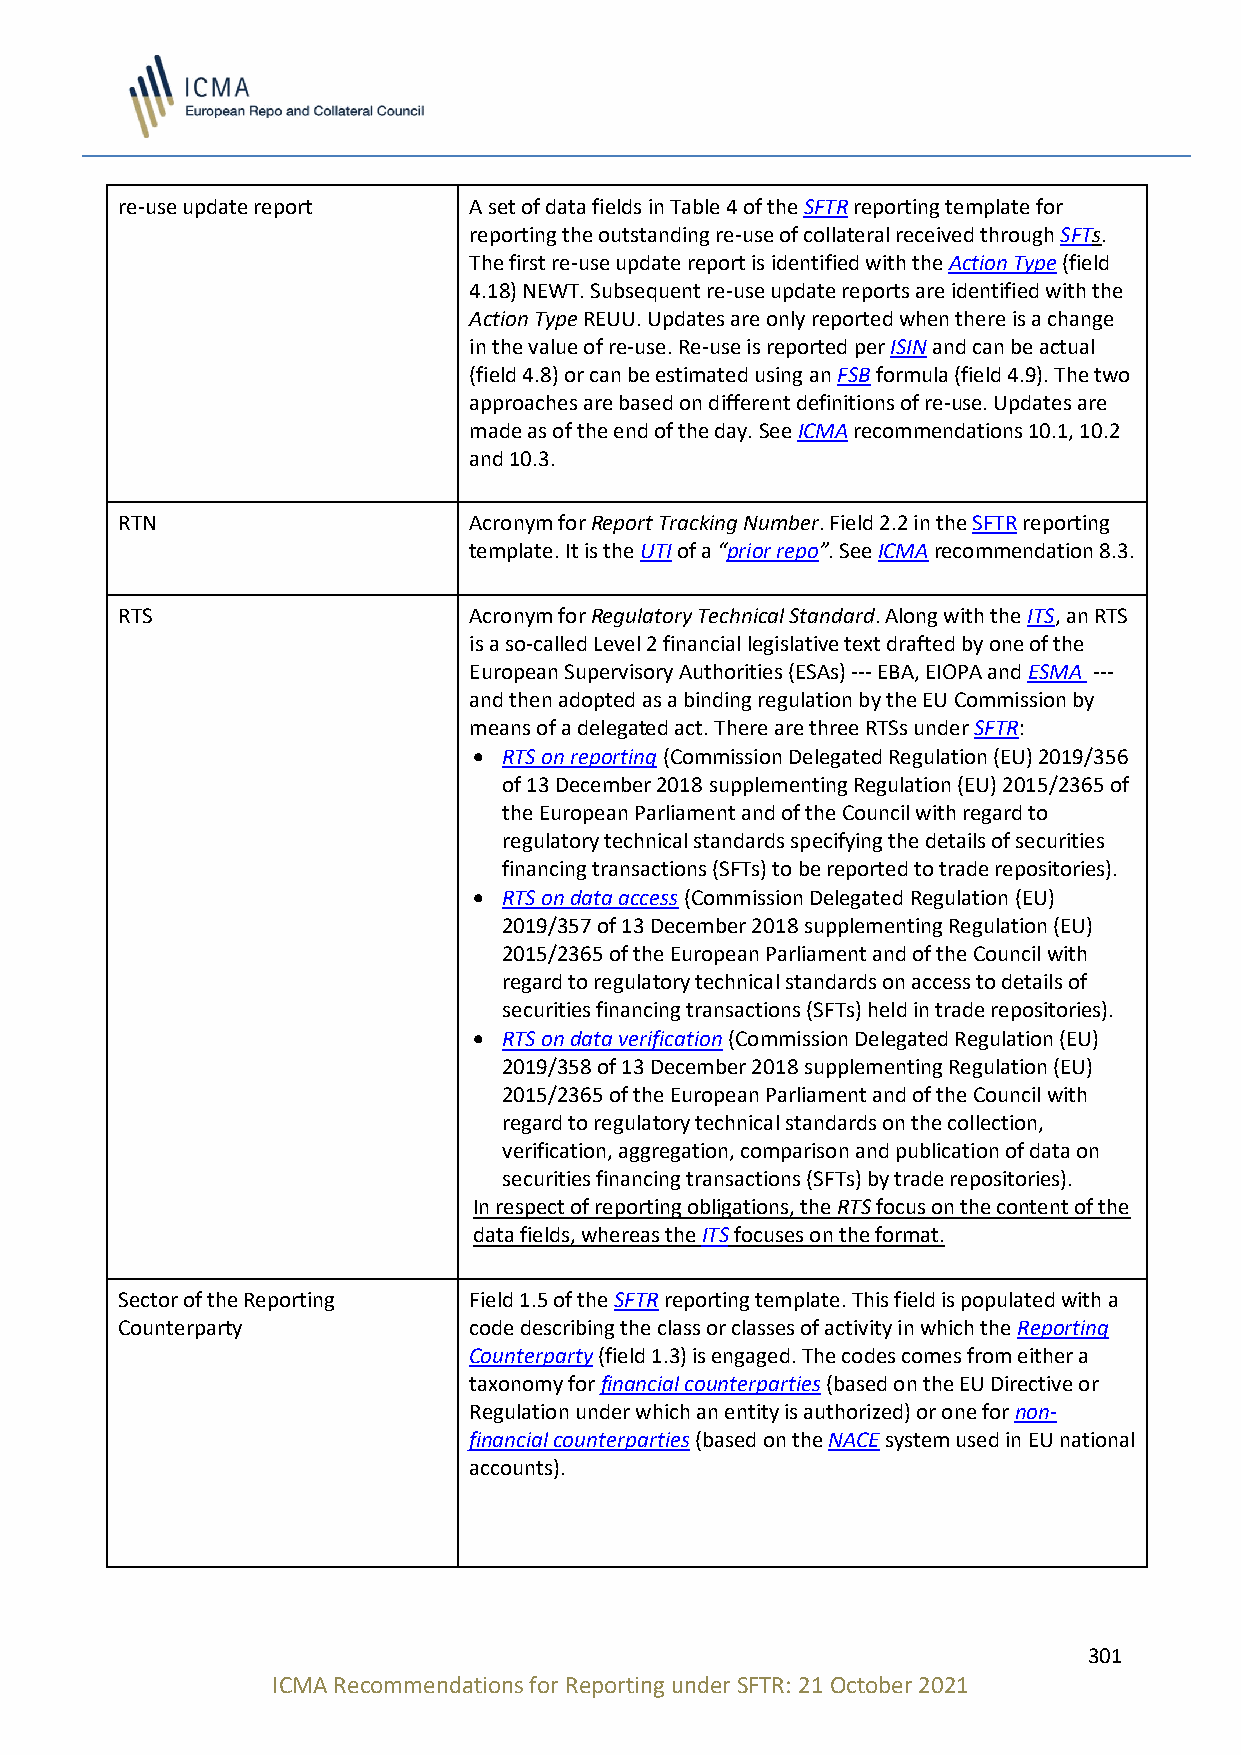
re-use update report   A set of data fields in Table 4 of the SFTR reporting template for
 reporting the outstanding re-use of collateral received through SFTs.
 The first re-use update report is identified with the Action Type (field
 4.18) NEWT. Subsequent re-use update reports are identified with the
 Action Type REUU. Updates are only reported when there is a change
 in the value of re-use. Re-use is reported per ISIN and can be actual
 (field 4.8) or can be estimated using an FSB formula (field 4.9). The two
 approaches are based on different definitions of re-use. Updates are
 made as of the end of the day. See ICMA recommendations 10.1, 10.2
 and 10.3.
 RTN                    Acronym for Report Tracking Number. Field 2.2 in the SFTR reporting
 template. It is the UTI of a “prior repo”. See ICMA recommendation 8.3.
 RTS                    Acronym for Regulatory Technical Standard. Along with the ITS, an RTS
 is a so-called Level 2 financial legislative text drafted by one of the
 European Supervisory Authorities (ESAs) --- EBA, EIOPA and ESMA ---
 and then adopted as a binding regulation by the EU Commission by
 means of a delegated act. There are three RTSs under SFTR:
 • RTS on reporting (Commission Delegated Regulation (EU) 2019/356
 of 13 December 2018 supplementing Regulation (EU) 2015/2365 of
 the European Parliament and of the Council with regard to
 regulatory technical standards specifying the details of securities
 financing transactions (SFTs) to be reported to trade repositories).
 • RTS on data access (Commission Delegated Regulation (EU)
 2019/357 of 13 December 2018 supplementing Regulation (EU)
 2015/2365 of the European Parliament and of the Council with
 regard to regulatory technical standards on access to details of
 securities financing transactions (SFTs) held in trade repositories).
 • RTS on data verification (Commission Delegated Regulation (EU)
 2019/358 of 13 December 2018 supplementing Regulation (EU)
 2015/2365 of the European Parliament and of the Council with
 regard to regulatory technical standards on the collection,
 verification, aggregation, comparison and publication of data on
 securities financing transactions (SFTs) by trade repositories).
 In respect of reporting obligations, the RTS focus on the content of the
 data fields, whereas the ITS focuses on the format.
 Sector of the Reporting Field 1.5 of the SFTR reporting template. This field is populated with a
 Counterparty           code describing the class or classes of activity in which the Reporting
 Counterparty (field 1.3) is engaged. The codes comes from either a
 taxonomy for financial counterparties (based on the EU Directive or
 Regulation under which an entity is authorized) or one for non-
 financial counterparties (based on the NACE system used in EU national
 accounts).
 301
 ICMA Recommendations for Reporting under SFTR: 21 October 2021